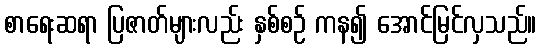
စာရေးဆရာ ပြဇာတ်များလည်း နှစ်စဉ် ကန၍ အောင်မြင်လှသည်။